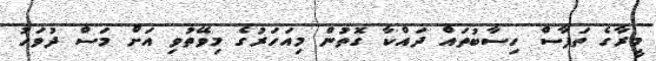
މީރާގެ ތަފާސް ހިސާބުތައް ދައްކާ ގޮތުން މިއަހަރުގެ މިވޭތުވި އަށް މަސް ދުވަހު